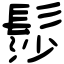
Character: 髿